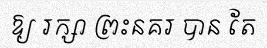
ឱ្យ រក្សា ព្រះនគរ បាន តែ